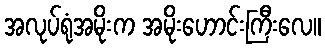
အလုပ်ရုံအမိုးက အမိုးဟောင်းကြီးလေ။